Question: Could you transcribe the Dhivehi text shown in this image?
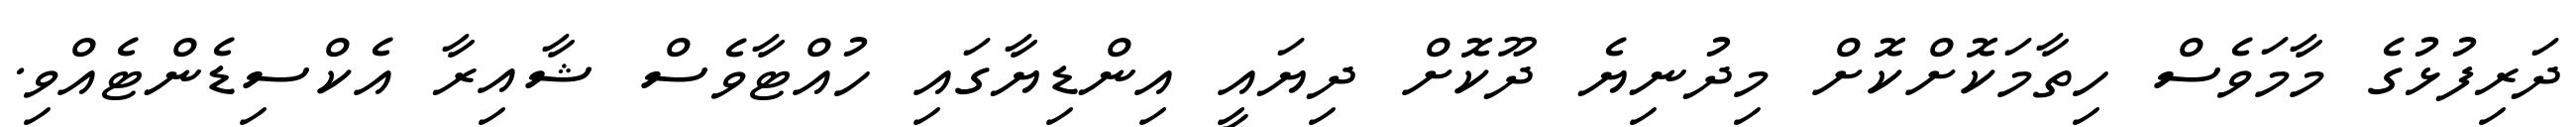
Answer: ދަރިފުޅުގެ މާމަވެސް ހިތާމަކޮށްކޮށް މިދުނިޔެ ދޫކޮށް ދިޔައީ އިންޑިޔާގައި ހުއްޓާވެސް ޝާއިރާ އެކްސިޑެންޓެއްވި.